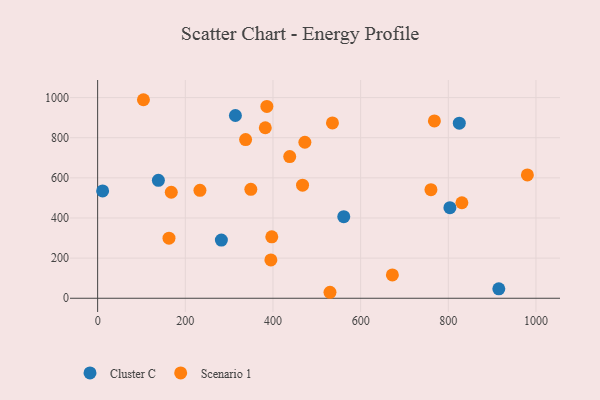
{"axis": {"x": "Engine Size", "y": "Demand"}, "legend": ["Cluster C", "Scenario 1"], "data": [{"x": "11.4", "y": 535.1, "type": "Cluster C"}, {"x": "803.7", "y": 451.4, "type": "Cluster C"}, {"x": "825.1", "y": 872.4, "type": "Cluster C"}, {"x": "314.3", "y": 910.8, "type": "Cluster C"}, {"x": "915.2", "y": 46.9, "type": "Cluster C"}, {"x": "282.3", "y": 290.0, "type": "Cluster C"}, {"x": "138.6", "y": 587.8, "type": "Cluster C"}, {"x": "561.5", "y": 406.6, "type": "Cluster C"}, {"x": "349.5", "y": 542.9, "type": "Scenario 1"}, {"x": "104.5", "y": 989.4, "type": "Scenario 1"}, {"x": "831.0", "y": 476.0, "type": "Scenario 1"}, {"x": "535.7", "y": 873.7, "type": "Scenario 1"}, {"x": "438.2", "y": 706.3, "type": "Scenario 1"}, {"x": "395.2", "y": 190.8, "type": "Scenario 1"}, {"x": "467.5", "y": 563.3, "type": "Scenario 1"}, {"x": "397.3", "y": 306.2, "type": "Scenario 1"}, {"x": "980.4", "y": 614.8, "type": "Scenario 1"}, {"x": "472.8", "y": 777.5, "type": "Scenario 1"}, {"x": "386.1", "y": 955.8, "type": "Scenario 1"}, {"x": "168.0", "y": 528.2, "type": "Scenario 1"}, {"x": "337.6", "y": 790.9, "type": "Scenario 1"}, {"x": "162.8", "y": 299.3, "type": "Scenario 1"}, {"x": "760.4", "y": 541.0, "type": "Scenario 1"}, {"x": "382.5", "y": 849.8, "type": "Scenario 1"}, {"x": "530.1", "y": 29.8, "type": "Scenario 1"}, {"x": "233.4", "y": 538.0, "type": "Scenario 1"}, {"x": "768.3", "y": 883.6, "type": "Scenario 1"}, {"x": "672.4", "y": 116.5, "type": "Scenario 1"}]}